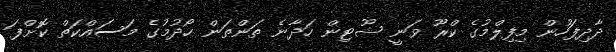
ދާދިފަހުން މިފިލްމުގެ ކްރޫ ވަނީ ޝޫޓިން ހަދާނެ ތަންތަން ހޯދުމުގެ މަސައްކަތް ކޮށްފަ